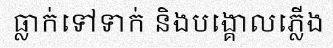
ធ្លាក់ទៅទាក់ និងបង្គោលភ្លើង